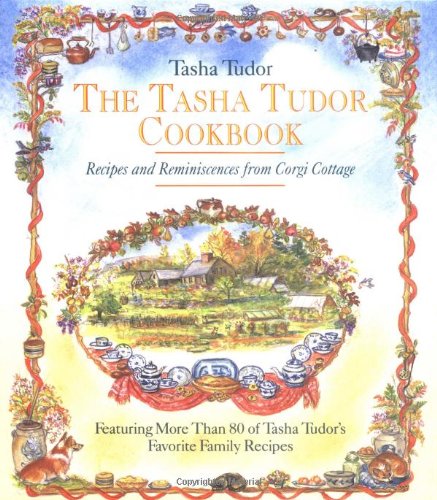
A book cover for The Tasha Tudor Cookbook: Recipes and Reminiscences from Corgi Cottage; Tasha Tudor; Cookbooks, Food & Wine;